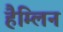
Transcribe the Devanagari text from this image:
हैम्लिन